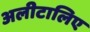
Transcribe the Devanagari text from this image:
अलीटालिए